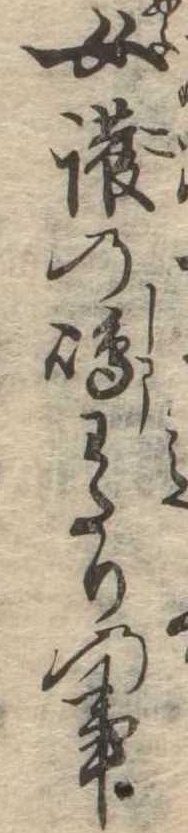
女護の島わたりの事